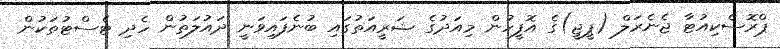
ޕްރޮސެކިއުޓާ ޖެނެރަލް (ޕީޖީ)ގެ އޮފީހުން މިއަދުގެ ޝަރީއަތުގައި ބުނެފައިވަނީ ދައުލަތުން ހެދި ޓެސްޓުތަކުން